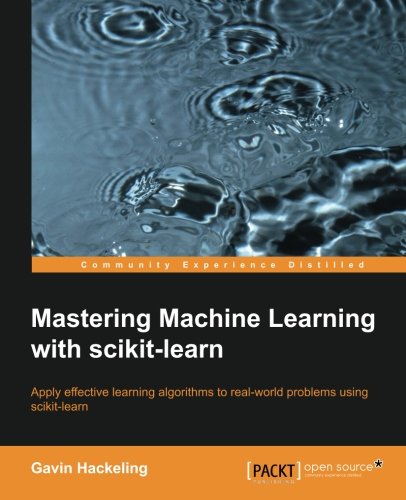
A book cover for Mastering Machine Learning With scikit-learn; Gavin Hackeling; Computers & Technology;